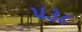
૫૩૮